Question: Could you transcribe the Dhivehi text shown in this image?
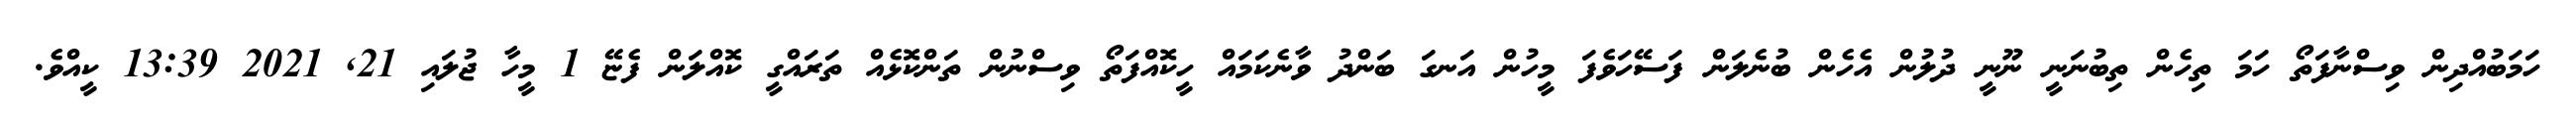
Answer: ހަމަބުއްދިން ވިސްނާފަތޯ ހަމަ ތިހެން ތިބުނަނީ ނޫނީ ދުލުން އެހެން ބުނެލަން ފަސޭހަވެފަ މީހުން އަނގަ ބަންދު ވާނެކަމައް ހީކޮއްފަތޯ ވިސްނުން ތަންކޮޅެއް ތަރައްގީ ކޮއްލަން ފެޏޭ 1 މީހާ ޖުލައި 21, 2021 13:39 ކީއްވެ.